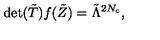
\mathrm { d e t } ( { \tilde { T } } ) f ( { \tilde { Z } } ) = { \tilde { \Lambda } } ^ { 2 N _ { c } } ,